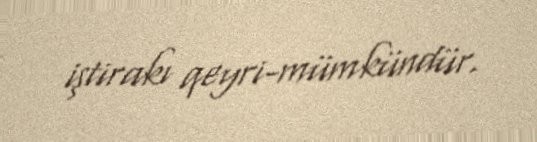
iştirakı qeyri-mümkündür.